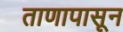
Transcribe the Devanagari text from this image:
ताणापासून